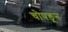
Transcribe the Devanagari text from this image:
चोपडून